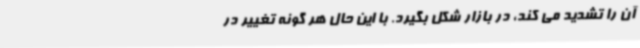
آن را تشدید می کند، در بازار شکل بگیرد. با این حال هر گونه تغییر در